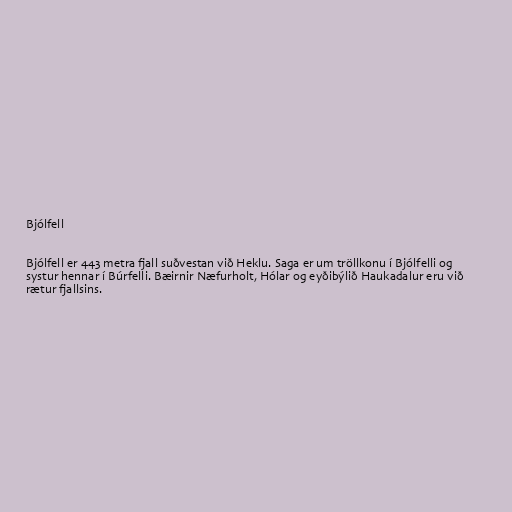
Bjólfell

Bjólfell er 443 metra fjall suðvestan við Heklu. Saga er um tröllkonu í Bjólfelli og
systur hennar í Búrfelli. Bæirnir Næfurholt, Hólar og eyðibýlið Haukadalur eru við
rætur fjallsins.